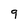
Character: g